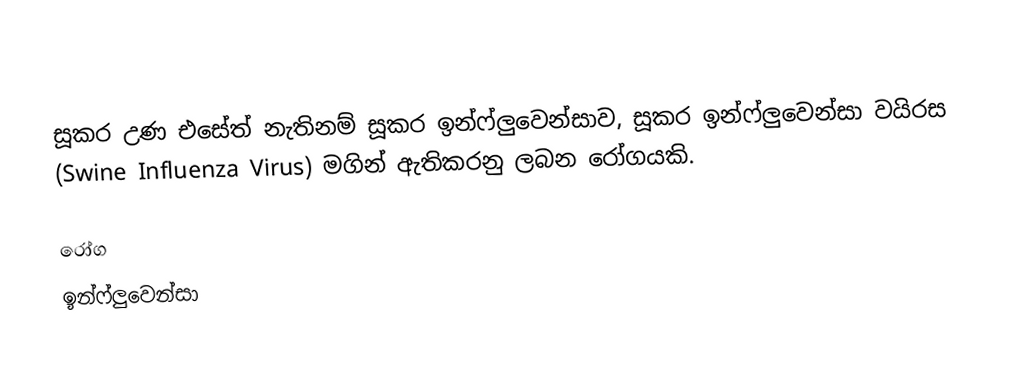
සූකර උණ එසේත් නැතිනම් සූකර ඉන්ෆ්ලුවෙන්සාව, සූකර ඉන්ෆ්ලුවෙන්සා වයිරස (Swine Influenza Virus) මගින් ඇතිකරනු ලබන රෝගයකි.

රෝග
ඉන්ෆ්ලුවෙන්සා